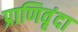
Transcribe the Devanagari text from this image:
प्राणिवृंदा